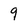
Character: 9